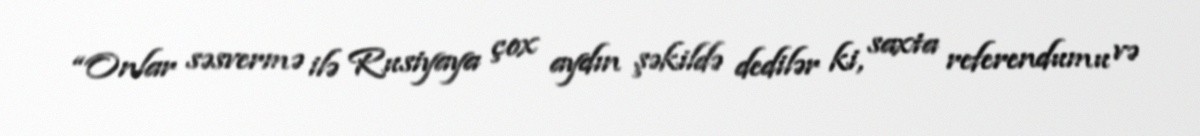
“Onlar səsvermə ilə Rusiyaya çox aydın şəkildə dedilər ki, saxta referendumu və